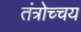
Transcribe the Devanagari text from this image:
तंत्रोच्चय